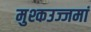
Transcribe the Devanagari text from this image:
मुश्कउज्जमां